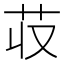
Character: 𮎢